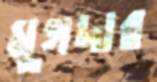
মুগদার